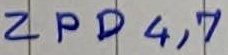
Text: ZPD4,7